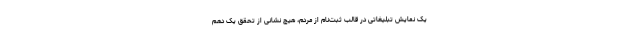
یک نمایش تبلیغاتی در قالب ثبت‌نام از مردم، هیچ نشانی از تحقق یک‌ دهم